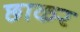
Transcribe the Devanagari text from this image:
छाकर